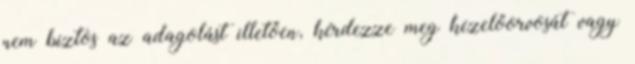
nem biztos az adagolást illetően, kérdezze meg kezelőorvosát vagy